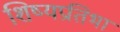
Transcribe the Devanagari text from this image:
शिष्यप्रतिभा